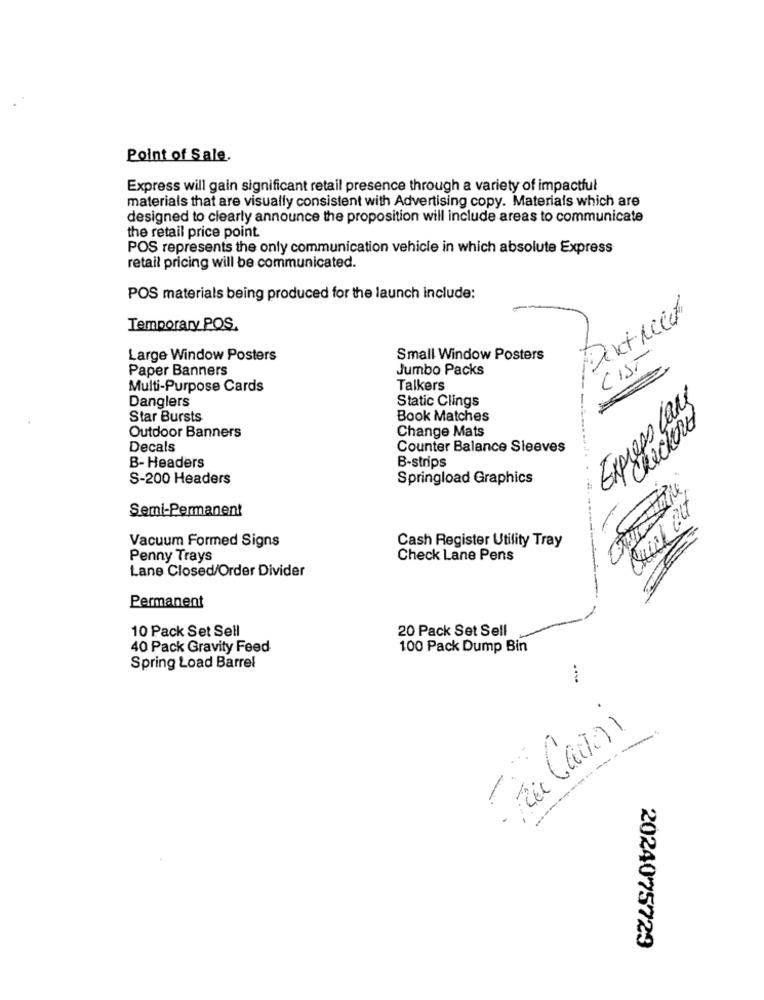
Point of Sale.
Express will gain significant retail presence through a variety of impactful
materials that are visually consistent with Advertising copy. Materials which are
designed to clearly announce the proposition will include areas to communicate
the retail price point.
POS represents the only communication vehicle in which absolute Express
retail pricing will be communicated.
POS materials being produced for the launch include:
Dikt need
Temporary POS.
Large Window Posters
Small Window Posters
LIST
Paper Banners
Jumbo Packs
Multi-Purpose Cards
Talkers
Danglers
Static Clings
Express Lans
Star Bursts
Book Matches
checkered
Outdoor Banners
Change Mats
Decals
Counter Balance Sleeves
B-strips
B-Headers
S-200 Headers
Springload Graphics
Semi-Permanent
Vacuum Formed Signs
Cash Register Utility Tray
Penny Trays
Check Lane Pens
Lane Closed/Order Divider
Permanent
10 Pack Set Sell
20 Pack Set Sell
40 Pack Gravity Feed
100 Pack Dump Bin
Spring Load Barrel
-
2024075723